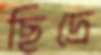
ছিদ্রে